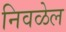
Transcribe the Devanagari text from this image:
निवळेल